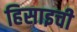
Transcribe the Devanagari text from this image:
हिसाइची